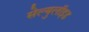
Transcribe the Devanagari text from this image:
सेल्युलॉइड